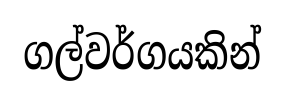
ගල්වර්ගයකින්